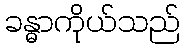
ခန္ဓာကိုယ်သည်